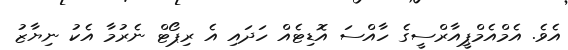
އެވެ. އެމްއެމްޕީއާރްސީގެ ހާއްސަ އޮޑިޓެއް ހަދައި އެ ރިޕޯޓް ނެރުމާ އެކު ނިޔާޒު